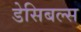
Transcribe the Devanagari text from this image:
डेसिबल्स